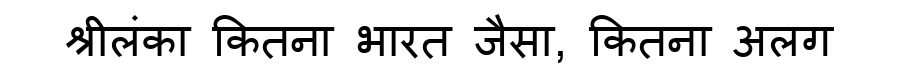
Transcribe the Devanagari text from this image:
श्रीलंका कितना भारत जैसा, कितना अलग